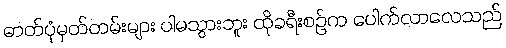
ဓာတ်ပုံမှတ်တမ်းများ ပါမသွားဘူး ထိုခရီးစဉ်က ပေါက်လာလေသည်